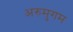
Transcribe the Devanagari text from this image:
अरुमुगम